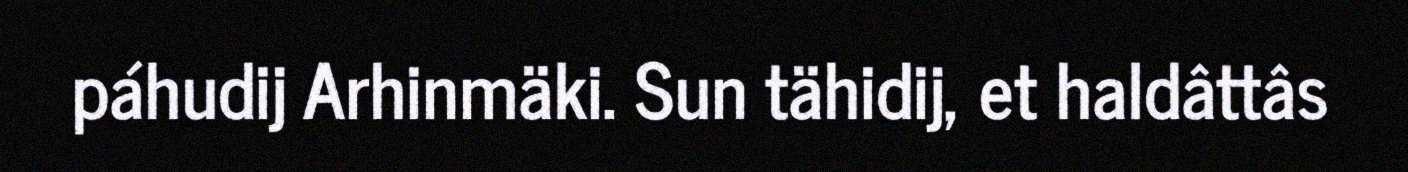
páhudij Arhinmäki. Sun tähidij, et haldâttâs